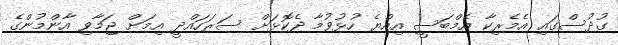
ގުދުސްގައި އެމެރިކާ އެމްބަސީ އިއްޔެ ހުޅުވުމާ ދެކޮޅަށް ސަރަހައްދީ އިމަށް ޖަމާވި އާންމުންގެ